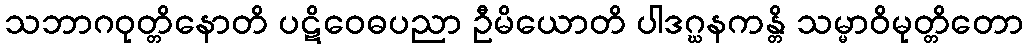
သဘာဂဝုတ္တိနောတိ ပဋိဝေဓပညာ ဦမိယောတိ ပါဒဂ္ဃနကန္တိ သမ္မာဝိမုတ္တိတော